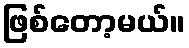
ဖြစ်တော့မယ်။